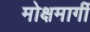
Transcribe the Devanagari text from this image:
मोक्षमार्गी